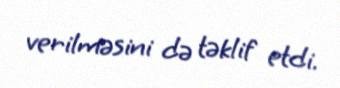
verilməsini də təklif etdi.